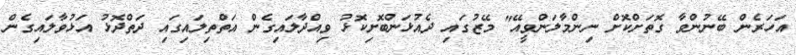
އަހަރެން ބޭނުންވާ ގޮތަށްކޮށް ނިންމާލަންވީއޭ" މޭޒުގައި ދެއުޅަންބޮށިކޮޅު ވިއްދާލައިގެން އަތްތިލައިގައި ދަތްދޮޅު އަޅުވާލައިގެން